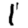
Digit: 1